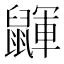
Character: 鼲